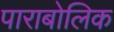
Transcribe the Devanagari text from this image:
पाराबोलिक